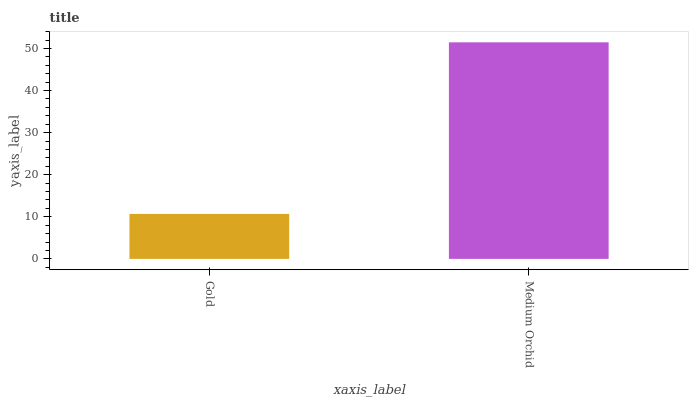
| xaxis_label | bars |
 | --- | --- |
 | Gold | 10.7 |
 | Medium Orchid | 51.4 |